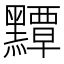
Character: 𪒤